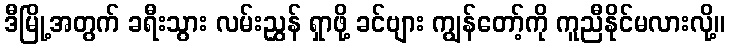
ဒီမြို့အတွက် ခရီးသွား လမ်းညွှန် ရှာဖို့ ခင်ဗျား ကျွန်တော့်ကို ကူညီနိုင်မလားလို့။